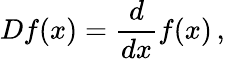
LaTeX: Df(x)={\frac{d}{dx}}f(x)\, ,